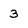
Character: 3